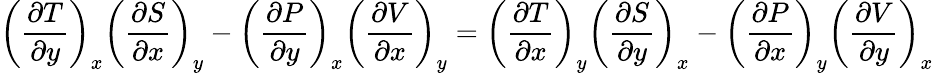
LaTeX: \left({\frac{\partial T}{\partial y}}\right)_{x}\left({\frac{\partial S}{\partial x}}\right)_{y}-\left({\frac{\partial P}{\partial y}}\right)_{x}\left({\frac{\partial V}{\partial x}}\right)_{y}=\left({\frac{\partial T}{\partial x}}\right)_{y}\left({\frac{\partial S}{\partial y}}\right)_{x}-\left({\frac{\partial P}{\partial x}}\right)_{y}\left({\frac{\partial V}{\partial y}}\right)_{x}